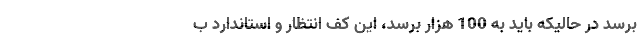
برسد در حالیکه باید به 100 هزار برسد، این کف انتظار و استاندارد ب